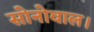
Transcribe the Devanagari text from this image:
सोनोवाल।